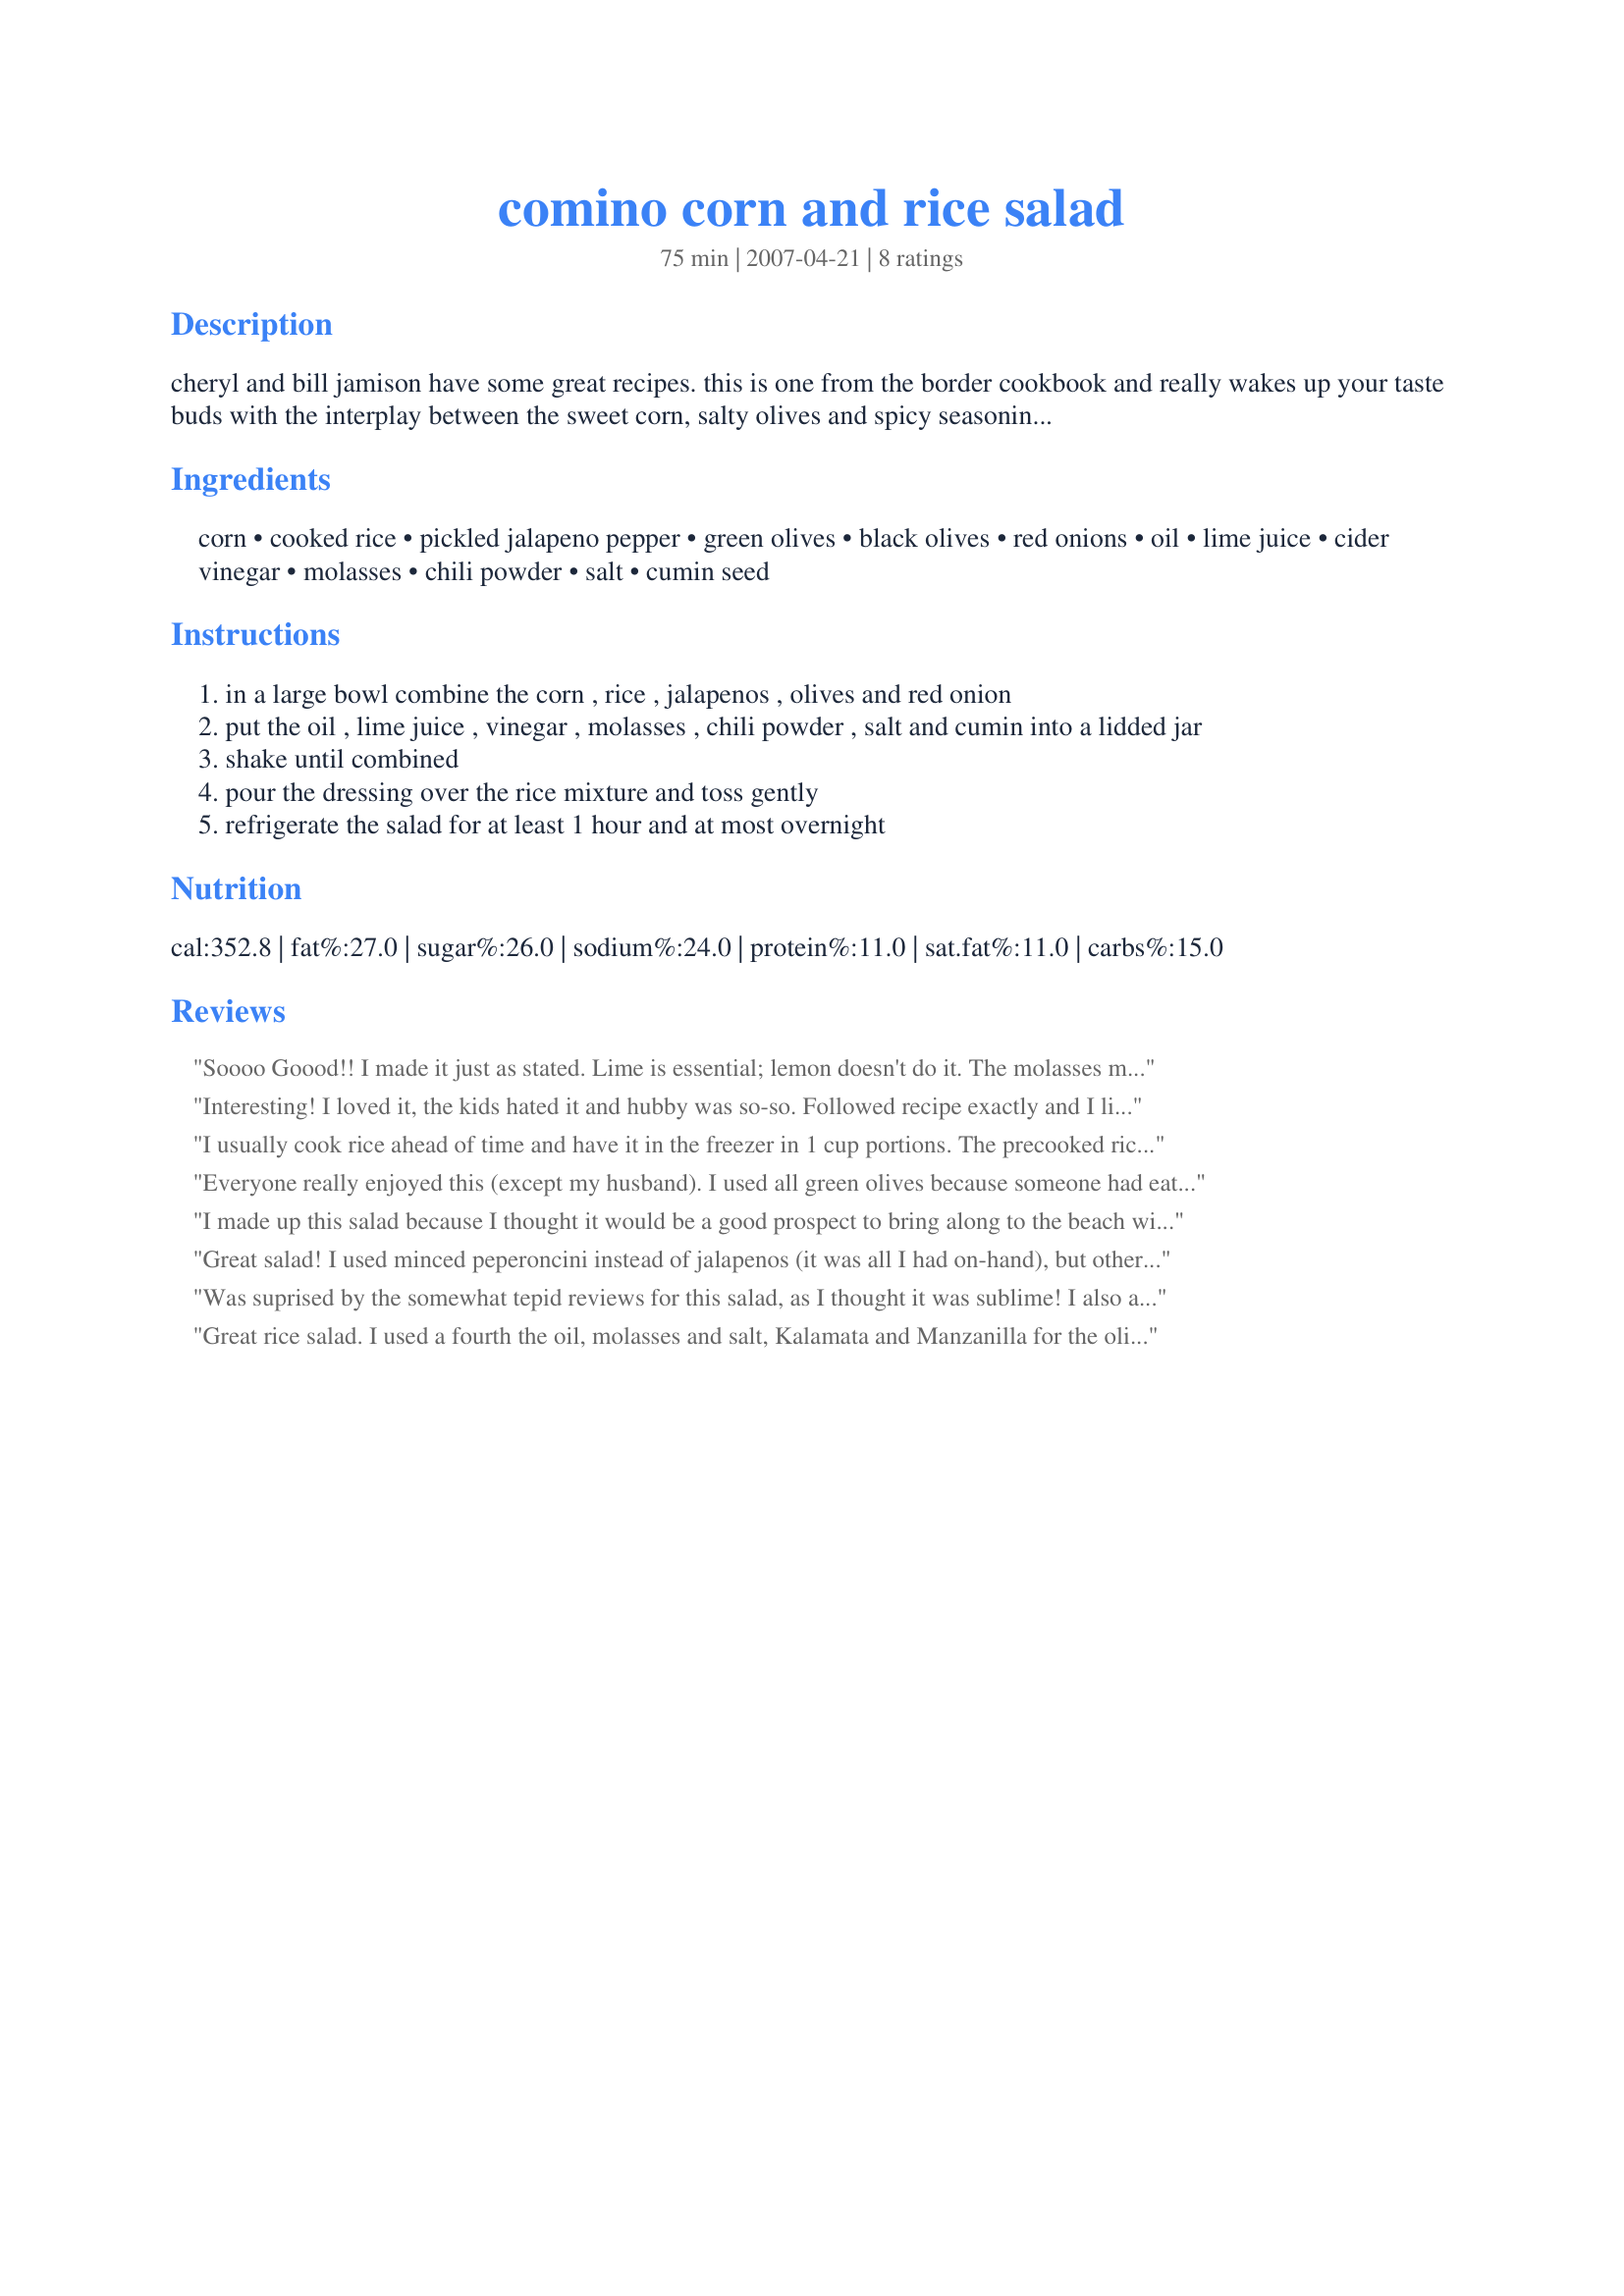
comino corn and rice salad
Preparation time: 75 minutes

cheryl and bill jamison have some great recipes. this is one from the border cookbook and really wakes up your taste buds with the interplay between the sweet corn, salty olives and spicy seasonings. my family loves it in the summer when you can cut the corn right off of the cob. i like to throw it together in the morning before work and serve it for dinner with grilled meats.

Ingredients:
corn, cooked rice, pickled jalapeno pepper, green olives, black olives, red onions, oil, lime juice, cider vinegar, molasses, chili powder, salt, cumin seed

Steps:
in a large bowl combine the corn , rice , jalapenos , olives and red onion
put the oil , lime juice , vinegar , molasses , chili powder , salt and cumin into a lidded jar
shake until combined
pour the dressing over the rice mixture and toss gently
refrigerate the salad for at least 1 hour and at most overnight

Reviews:
Soooo Goood!! I made it just as stated. Lime is essential; lemon doesn't do it. The molasses makes the rice somewhat dark but the flavor is really good, not sure honey can match that. The dressing is just the right amount so that there's no puddle in the bottom of the bowl. It is noticeably hotter the next day, but that's a good thing. Quite an unusual salad. This is really a KEEPER! Thanks for postsing . . . . . Janet
Interesting! I loved it, the kids hated it and hubby was so-so. Followed recipe exactly and I liked the unique flavours, but definitely wouldn't be for everyone.
I usually cook rice ahead of time and have it in the freezer in 1 cup portions. The precooked rice made quick work of preparation. I used a combination of yellow and white corn. The oil was reduced by 2 tablespoons. The salad was made in the morning and served for an early dinner.
Everyone really enjoyed this (except my husband). I used all green olives because someone had eaten my black olives. No other changes.
I made up this salad because I thought it would be a good prospect to bring along to the beach with us, and it didn't disappoint. I used a hot banana pepper for the jalapeno, and kalamata olives for the black (the green olives I used were just the regular, pimento-stuffed ones). I added considerably more red onion (I didn't measure, I just used a whole, small one). I was all out of molasses, so I used honey in its place. Very taste, and very pretty, too.
Great salad! I used minced peperoncini instead of jalapenos (it was all I had on-hand), but otherwise followed the recipe closely. I don't think I would change a thing. This salad improves a LOT if you let it sit for a while, so make sure to give it a chance to "rest" in the refrigerator. Thanks for posting this!
Was suprised by the somewhat tepid reviews for this salad, as I thought it was sublime! I also appreciated the interplay between the sweet, salty and spicy. I started by adding about one (whole) pickled jalapeno pepper but ended up putting the rest in the next day. I also used kalamata olives and green olives stuffed with pimentos and substituted honey for molasses. Otherwise I cooked the rice in vegetable broth and then halved the salt. I really liked this a lot, and ate it for breakfast the next day which is a sure sign of a very successful recipe. Thanks very much for posting!
Great rice salad. I used a fourth the oil, molasses and salt, Kalamata and Manzanilla for the olives, chipotle powder for the pickled jalapenos (DH is not a fan) and served it on a bed of arugula. It all went together nicely and was very enjoyable!
